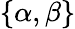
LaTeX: \{ \alpha,\beta\}